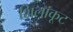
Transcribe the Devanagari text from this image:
शिलाकूट